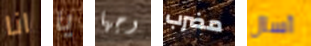
انا يا وجها مضرب أسال